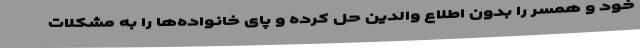
خود و همسر را بدون اطلاع والدین حل کرده و پای خانواده‌ها را به مشکلات